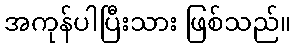
အကုန်ပါပြီးသား ဖြစ်သည်။